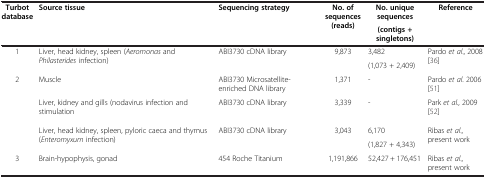
<table><thead><tr><td rowspan="2"><b>Turbot database</b></td><td rowspan="2"><b>Source tissue</b></td><td rowspan="2"><b>Sequencing strategy</b></td><td rowspan="2"><b>No. of sequences (reads)</b></td><td><b>No. unique sequences</b></td><td rowspan="2"><b>Reference</b></td></tr><tr><td><b>(contigs + singletons)</b></td></tr></thead><tbody><tr><td rowspan="2">1</td><td rowspan="2">Liver, head kidney, spleen (<i>Aeromonas</i> and <i>Philasterides</i> infection)</td><td rowspan="2">ABI3730 cDNA library</td><td rowspan="2">9,873</td><td>3,482</td><td rowspan="2">Pardo <i>et al</i>., 2008 [36]</td></tr><tr><td>(1,073 + 2,409)</td></tr><tr><td rowspan="5">2</td><td>Muscle</td><td>ABI3730 Microsatellite- enriched DNA library</td><td>1,371</td><td>-</td><td>Pardo <i>et al</i>. 2006 [51]</td></tr><tr><td rowspan="2">Liver, kidney and gills (nodavirus infection and stimulation</td><td>ABI3730 cDNA library</td><td rowspan="2">3,339</td><td rowspan="2">-</td><td rowspan="2">Park <i>et al</i>., 2009 [52]</td></tr><tr><td> </td></tr><tr><td rowspan="2">Liver, head kidney, spleen, pyloric caeca and thymus (<i>Enteromyxum</i> infection)</td><td>ABI3730 cDNA library</td><td rowspan="2">3,043</td><td>6,170</td><td rowspan="2">Ribas <i>et al</i>., present work</td></tr><tr><td> </td><td>(1,827 + 4,343)</td></tr><tr><td>3</td><td>Brain-hypophysis, gonad</td><td>454 Roche Titanium</td><td>1,191,866</td><td>52,427 + 176,451</td><td>Ribas <i>et al</i>., present work</td></tr></tbody></table>